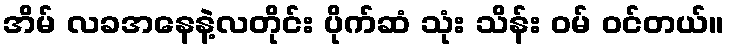
အိမ် လခအနေနဲ့လတိုင်း ပိုက်ဆံ သုံး သိန်း ဝမ် ဝင်တယ်။